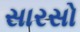
સારસો